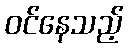
ဝင်နေသည့်